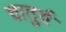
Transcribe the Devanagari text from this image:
चातुर्य़